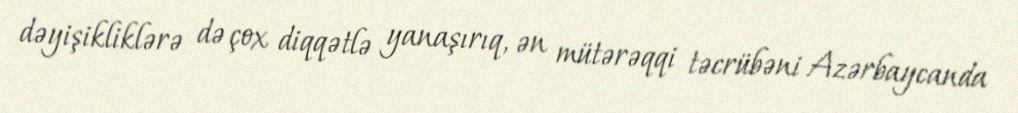
dəyişikliklərə də çox diqqətlə yanaşırıq, ən mütərəqqi təcrübəni Azərbaycanda